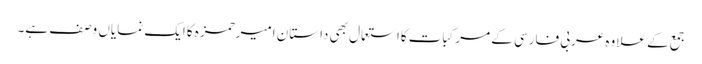
جمع کے علاوہ عربی فارسی کے مرکبات کااستعمال بھی داستانِ امیرحمزہ کاایک نمایاں وصف ہے۔